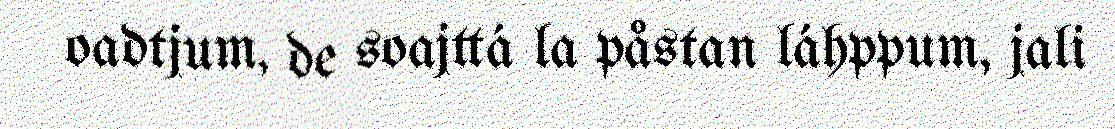
oadtjum, de soajttá la påstan láhppum, jali